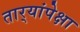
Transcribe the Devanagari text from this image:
तार्‍यांपेक्षा